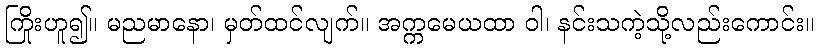
ကြိုးဟူ၍။ မညမာနော၊ မှတ်ထင်လျက်။ အက္ကမေယထာ ဝါ၊ နင်းသကဲ့သို့လည်းကောင်း။